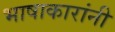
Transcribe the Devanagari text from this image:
भाषाकारांनी